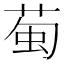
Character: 𫈖